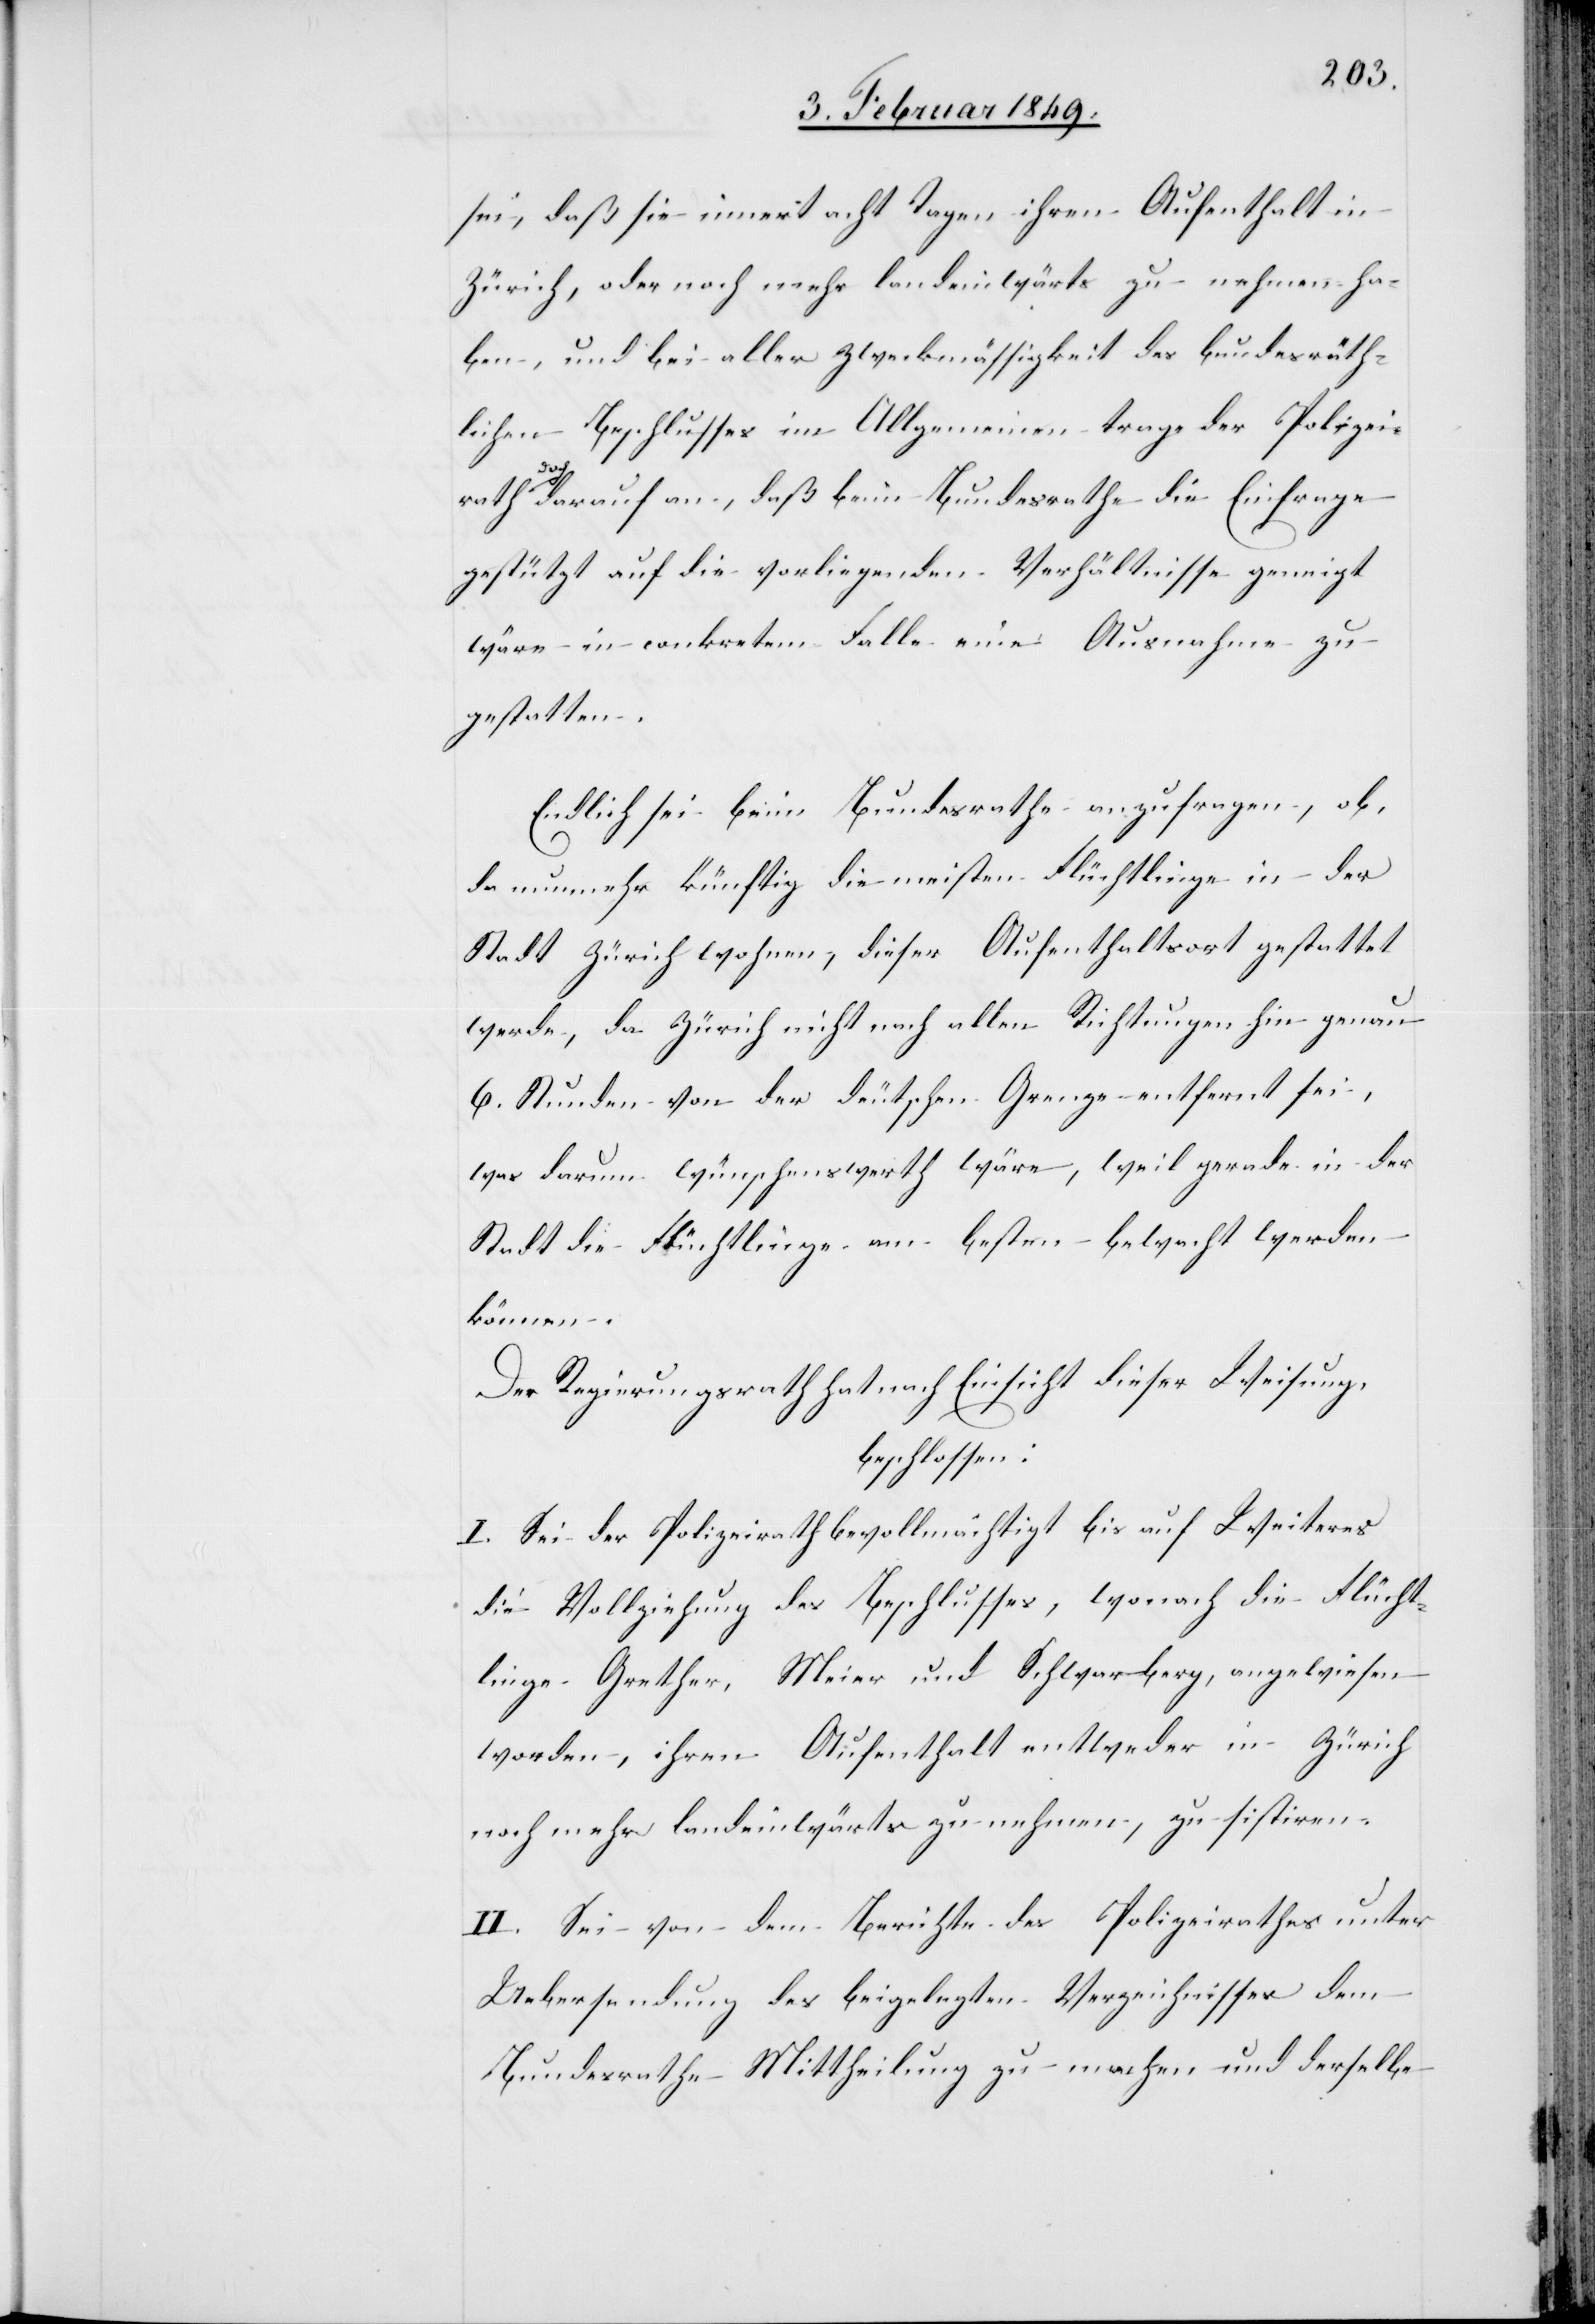
sei, daß sie innert acht Tagen ihren Aufenthalt in
Zürich, oder noch mehr landeinwärts zu nehmen ha¬
ben, und bei aller Zweckmässigkeit des bundesräth¬
lichen Beschlusses im Allgemeinen trage der Polizei¬
doch darauf an, daß beim Bundesrathe die Einfrage
rath
gestützt auf die vorliegenden Verhältnisse geneigt
wäre in conkretem Falle eine Ausnahme zu
gestatten.
Endlich sei beim Bundesrathe anzufragen, ob,
da nunmehr künftig die meisten Flüchtlinge in der
Stadt Zürich wohnen, dieser Aufenthaltsort gestattet
werde, da Zürich nicht nach allen Richtungen hin genau
6. Stunden von der deutschen Grenze entfernt sei,
was darum wünschenswerth wäre, weil gerade in der
Stadt die Flüchtlinge am besten bewacht werden
können.
Der Regierungsrath hat nach Einsicht dieser Weisung,
beschlossen:
I. Sei der Polizeirath bevollmächtigt bis auf Weiteres
die Vollziehung des Beschlusses, wonach die Flücht¬
linge Grether, Meier und Schwarberg, angewiesen
worden, ihren Aufenthalt entweder in Zürich
noch mehr landeinwärts zu nehmen, zu sistiren.
II. Sei von dem Berichte des Polizeirathes unter
Uebersendung des beigelegten Verzeichnisses dem
Bundesrathe Mittheilung zu machen und derselbe